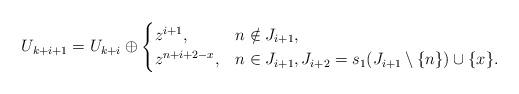
LaTeX: \begin{align*}U_{k+i+1}=U_{k+i}\oplus \begin{cases} z^{i+1}, & n\notin J_{i+1},\\z^{n+i+2-x}, & n\in J_{i+1}, J_{i+2}=s_1(J_{i+1}\setminus\{n\})\cup\{x\}. \end{cases}\end{align*}